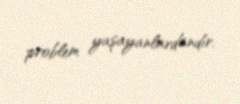
problem yaşayanlardandır.